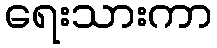
ရေးသားကာ